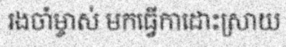
រងចាំម្ចាស់ មកធ្វើកាដោះស្រាយ